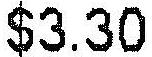
$3.30